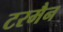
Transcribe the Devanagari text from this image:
टरमैन